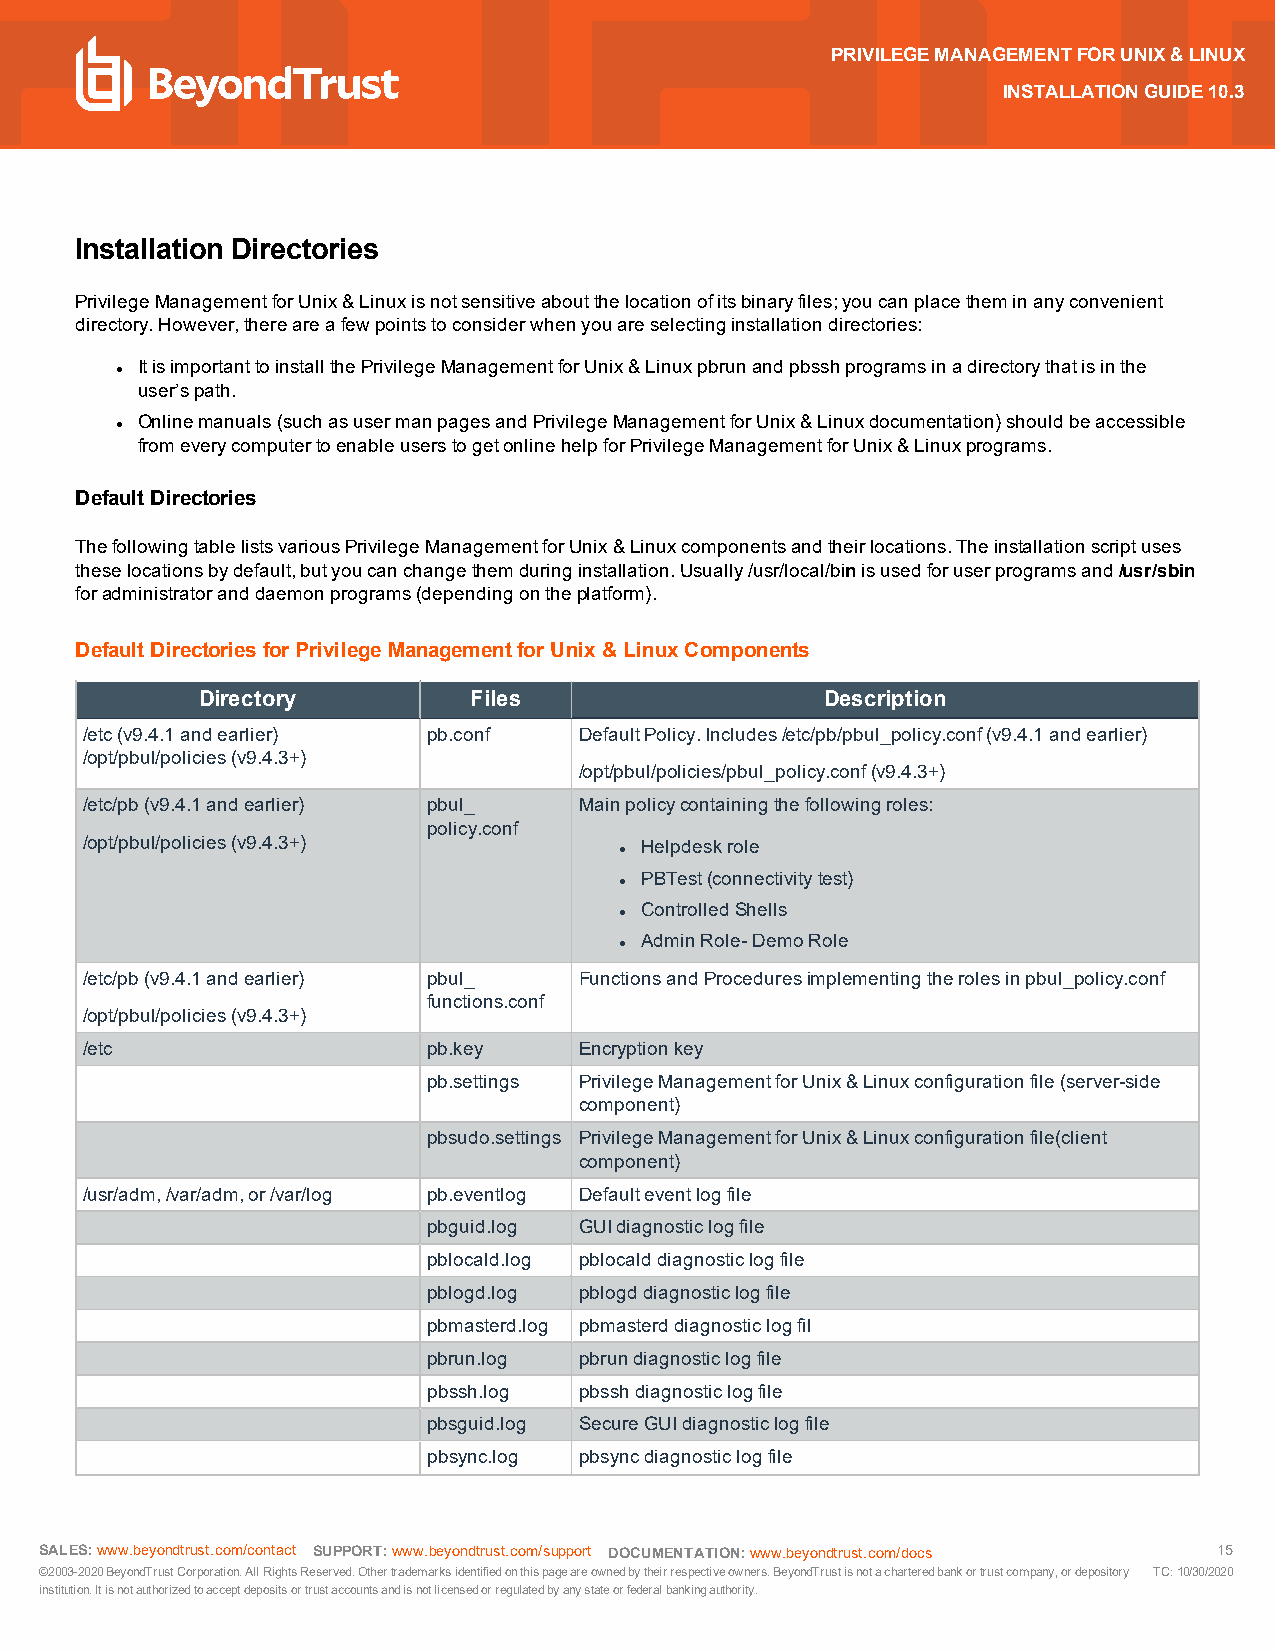
PRIVILEGEMANAGEMENTFORUNIX&LINUX
 INSTALLATIONGUIDE10.3
 Installation Directories
 PrivilegeManagementforUnix&Linuxisnotsensitiveaboutthelocationofitsbinaryfiles;youcanplacetheminanyconvenient
 directory.However,thereareafewpointstoconsiderwhenyouareselectinginstallationdirectories:
 ItisimportanttoinstallthePrivilegeManagementforUnix&Linuxpbrunandpbsshprogramsinadirectorythatisinthe
 l
 user’spath.
 Onlinemanuals(suchasusermanpagesandPrivilegeManagementforUnix&Linuxdocumentation)shouldbeaccessible
 l
 fromeverycomputertoenableuserstogetonlinehelpforPrivilegeManagementforUnix&Linuxprograms.
 DefaultDirectories
 ThefollowingtablelistsvariousPrivilegeManagementforUnix&Linuxcomponentsandtheirlocations.Theinstallationscriptuses
 theselocationsbydefault,butyoucanchangethemduringinstallation.Usually/usr/local/binisusedforuserprogramsand/usr/sbin
 foradministratoranddaemonprograms(dependingontheplatform).
 DefaultDirectoriesforPrivilegeManagementforUnix& LinuxComponents
 Directory         Files                   Description
 /etc(v9.4.1andearlier) pb.conf   DefaultPolicy.Includes/etc/pb/pbul_policy.conf(v9.4.1andearlier)
 /opt/pbul/policies(v9.4.3+)
 /opt/pbul/policies/pbul_policy.conf(v9.4.3+)
 /etc/pb(v9.4.1andearlier) pbul_  Mainpolicycontainingthefollowingroles:
 policy.conf
 /opt/pbul/policies(v9.4.3+)          Helpdeskrole
 l
 PBTest(connectivitytest)
 l
 ControlledShells
 l
 AdminRole-DemoRole
 l
 /etc/pb(v9.4.1andearlier) pbul_  FunctionsandProceduresimplementingtherolesinpbul_policy.conf
 functions.conf
 /opt/pbul/policies(v9.4.3+)
 /etc                   pb.key    Encryptionkey
 pb.settings PrivilegeManagementforUnix&Linuxconfigurationfile(server-side
 component)
 pbsudo.settings PrivilegeManagementforUnix&Linuxconfigurationfile(client
 component)
 /usr/adm,/var/adm,or/var/log pb.eventlog Defaulteventlogfile
 pbguid.log GUIdiagnosticlogfile
 pblocald.log pblocalddiagnosticlogfile
 pblogd.log pblogddiagnosticlogfile
 pbmasterd.log pbmasterddiagnosticlogfil
 pbrun.log pbrundiagnosticlogfile
 pbssh.log pbsshdiagnosticlogfile
 pbsguid.log SecureGUIdiagnosticlogfile
 pbsync.log pbsyncdiagnosticlogfile
 SALES:www.beyondtrust.com/contact SUPPORT:www.beyondtrust.com/support DOCUMENTATION:www.beyondtrust.com/docs 15
 ©2003-2020BeyondTrustCorporation.AllRightsReserved.Othertrademarksidentifiedonthispageareownedbytheirrespectiveowners.BeyondTrustisnotacharteredbankortrustcompany,ordepository TC:10/30/2020
 institution.Itisnotauthorizedtoacceptdepositsortrustaccountsandisnotlicensedorregulatedbyanystateorfederalbankingauthority.